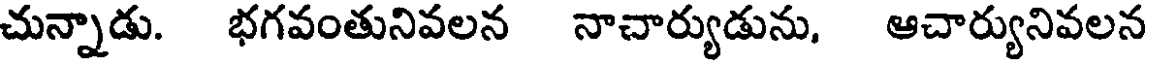
చున్నాడు. భగవంతునివలన నాచార్యుడును, ఆచార్యునివలన